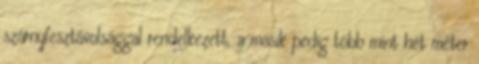
szárnyfesztávolsággal rendelkezett, a másik pedig több mint hét méter